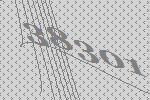
38301